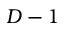
D - 1